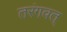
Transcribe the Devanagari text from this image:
तरंगवत्